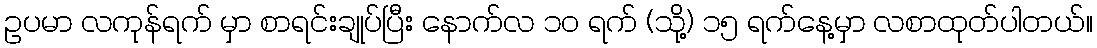
ဥပမာ လကုန်ရက် မှာ စာရင်းချုပ်ပြီး နောက်လ ၁၀ ရက် (သို့) ၁၅ ရက်နေ့မှာ လစာထုတ်ပါတယ်။